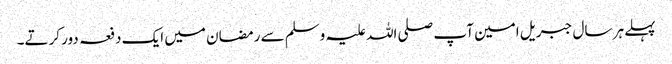
پہلے ہر سال جبریل امین آپ صلی اللہ علیہ وسلم سے رمضان میں ایک دفعہ دور کرتے۔